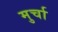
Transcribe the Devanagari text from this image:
मुर्चा